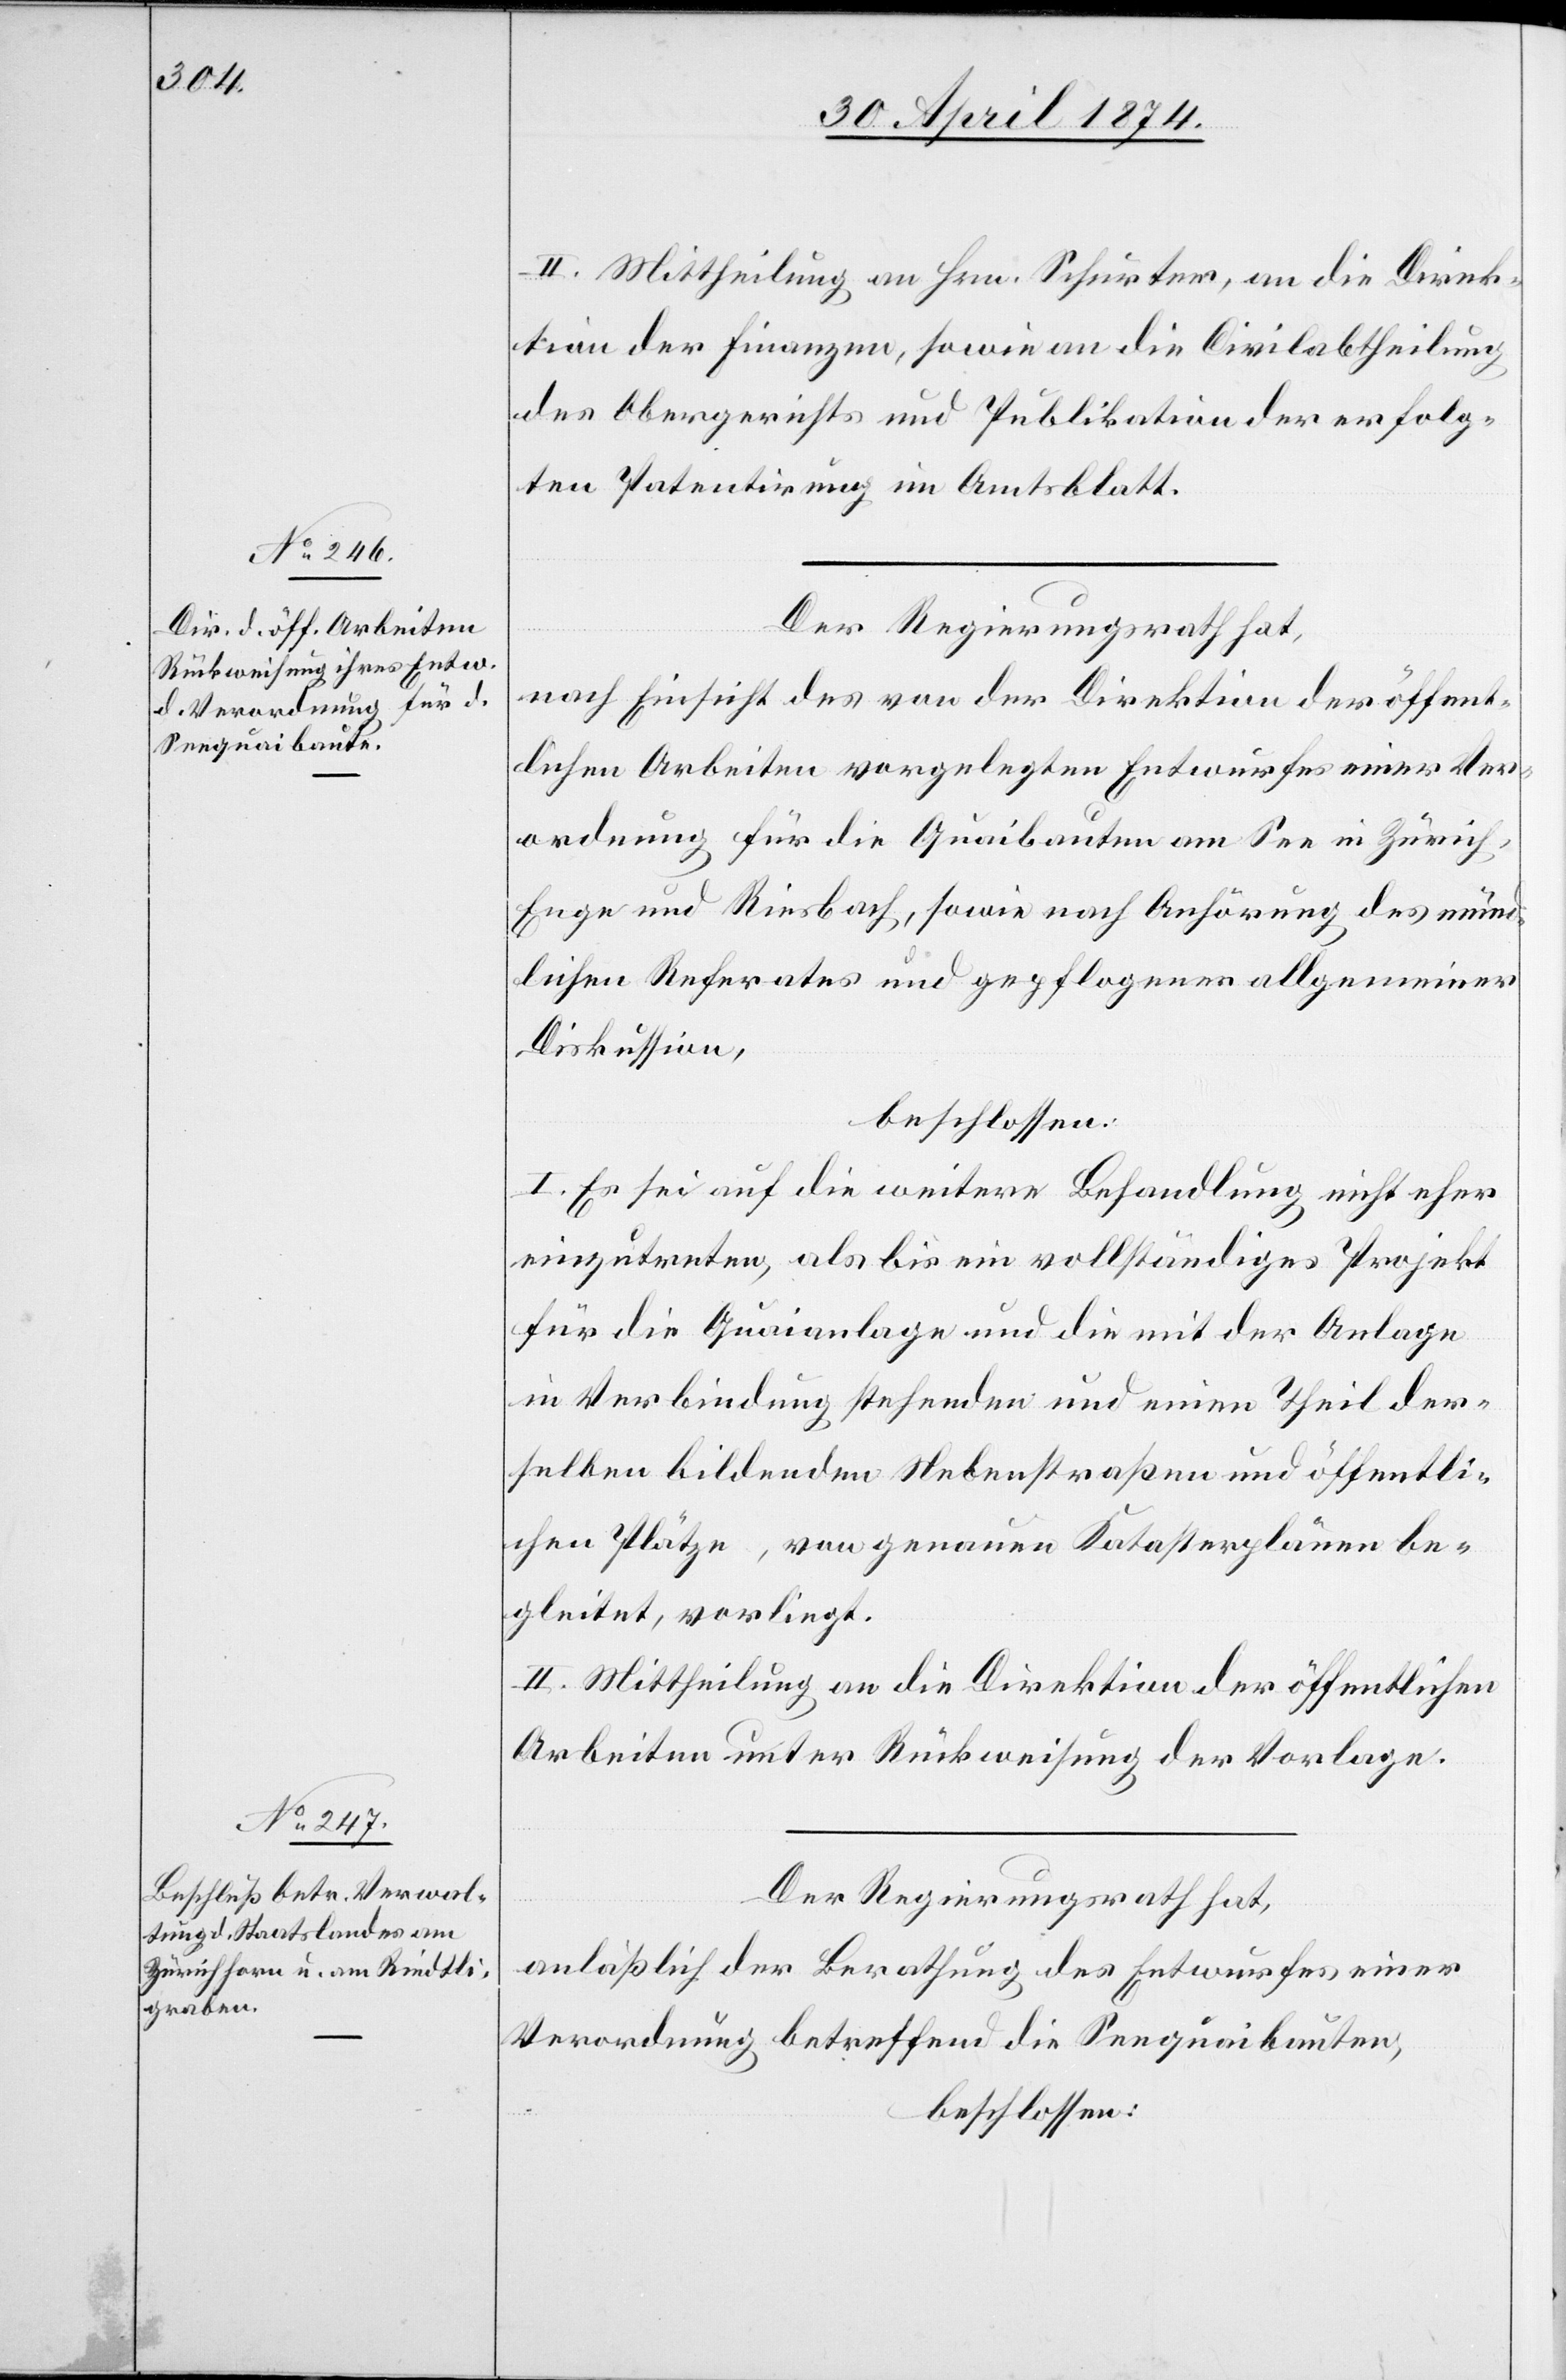
II. Mittheilung an Hrn. Schurter, an die Direk¬
tion der Finanzen, sowie an die Civilabtheilung
des Obergerichts und Publikation der erfolg¬
ten Patentirung im Amtsblatt.
Der Regierungsrath hat,
nach Einsicht des von der Direktion der öffent¬
lichen Arbeiten vorgelegten Entwurfes einer Ver¬
ordnung für die Quaibauten am See in Zürich
Enge und Riesbach, sowie nach Anhörung des münd¬
lichen Referates und gepflogener allgemeiner
Diskussion,
beschlossen:
I. Es sei auf die weitere Behandlung nicht eher
einzutreten, als bis ein vollständiges Projekt
für die Quaianlage und die mit der Anlage
in Verbindung stehenden und einen Theil der¬
selben bildenden Nebenstraßen und öffentli¬
chen Plätze, von genauen Katasterplänen be¬
gleitet, vorliegt.
II. Mittheilung an die Direktion der öffentlichen
Arbeiten unter Rückweisung der Vorlage.
Der Regierungsrath hat,
anläßlich der Berathung des Entwurfes einer
Verordnung betreffend die Seequaibauten,
beschlossen: